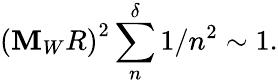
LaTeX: \left(\mathbf{M}_{W}R\right)^{2}\sum_{n}^{\delta}1/n^{2}\sim1.